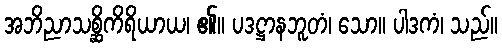
အဘိညာသစ္ဆိကိရိယာယ၊ ၏။ ပဒဋ္ဌာနဘူတံ၊ သော။ ပါဒကံ၊ သည်။